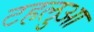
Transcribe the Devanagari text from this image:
टहलुआ